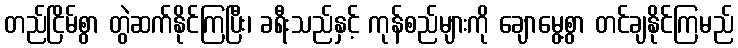
တည်ငြိမ်စွာ တွဲဆက်နိုင်ကြပြီး၊ ခရီးသည်နှင့် ကုန်စည်များကို ချောမွေ့စွာ တင်ချနိုင်ကြမည်